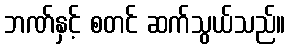
ဘဏ်နှင့် စတင် ဆက်သွယ်သည်။